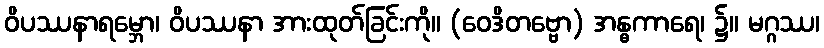
ဝိပဿနာရမ္ဘော၊ ဝိပဿနာ အားထုတ်ခြင်းကို။ (ဝေဒိတဗ္ဗော) အန္ဓကာရေ၊ ၌။ မဂ္ဂဿ၊